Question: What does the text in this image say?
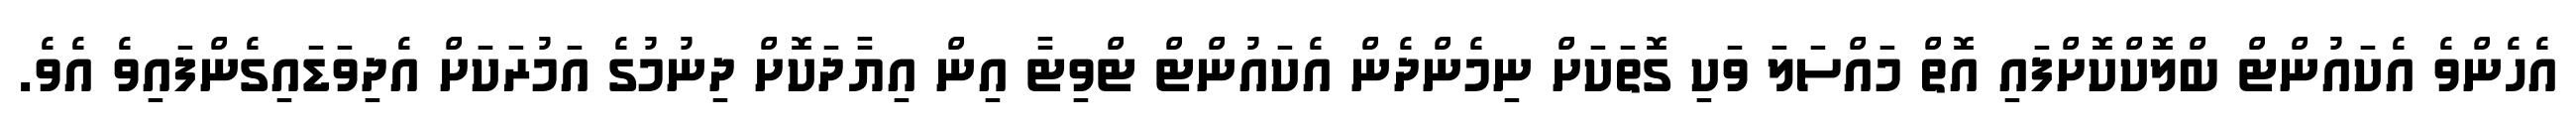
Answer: އެހެންވެ އެކައުންޓް ބްލޮކްކޮށްފައި އޮތް މައްސަލަ ވަކި ގޮތަކަށް ނިމެންދެން އެކައުންޓް ޓްވިޓާ އިން އިޔާދަކޮށް ދިނުމުގެ އަމުރަކަށް އެދިވަޑައިގެންފައިވެ އެވެ.